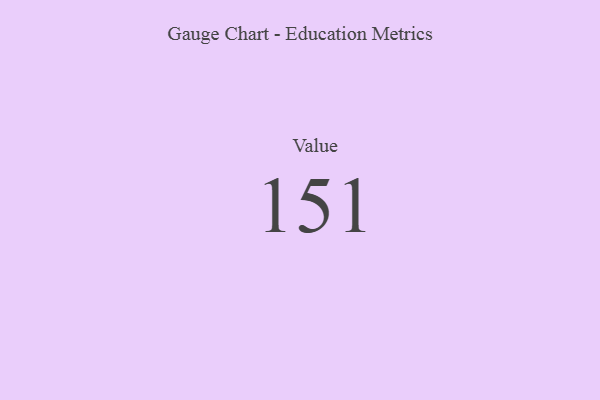
{"axis": {"x": "Metric", "y": "Value"}, "legend": [""], "data": [{"x": "Value", "y": 151, "type": ""}]}